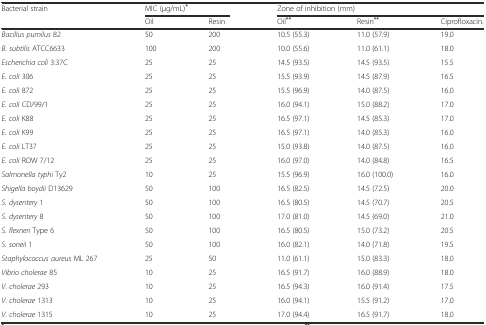
<table><thead><tr><td rowspan="2"><b>Bacterial strain</b></td><td colspan="2"><b>MIC (μg/mL)<sup>*</sup></b></td><td colspan="3"><b>Zone of inhibition (mm)</b></td></tr><tr><td><b>Oil</b></td><td><b>Resin</b></td><td><b>Oil<sup>**</sup></b></td><td><b>Resin<sup>**</sup></b></td><td><b>Ciprofloxacin.</b></td></tr></thead><tbody><tr><td><i>Bacillus pumilus</i> 82</td><td>50</td><td>200</td><td>10.5 (55.3)</td><td>11.0 (57.9)</td><td>19.0</td></tr><tr><td><i>B. subtilis</i> ATCC6633</td><td>100</td><td>200</td><td>10.0 (55.6)</td><td>11.0 (61.1)</td><td>18.0</td></tr><tr><td><i>Escherichia coli</i> 3:37C</td><td>25</td><td>25</td><td>14.5 (93.5)</td><td>14.5 (93.5)</td><td>15.5</td></tr><tr><td><i>E. coli</i> 306</td><td>25</td><td>25</td><td>15.5 (93.9)</td><td>14.5 (87.9)</td><td>16.5</td></tr><tr><td><i>E. coli</i> 872</td><td>25</td><td>25</td><td>15.5 (96.9)</td><td>14.0 (87.5)</td><td>16.0</td></tr><tr><td><i>E. coli</i> CD/99/1</td><td>25</td><td>25</td><td>16.0 (94.1)</td><td>15.0 (88.2)</td><td>17.0</td></tr><tr><td><i>E. coli</i> K88</td><td>25</td><td>25</td><td>16.5 (97.1)</td><td>14.5 (85.3)</td><td>17.0</td></tr><tr><td><i>E. coli</i> K99</td><td>25</td><td>25</td><td>16.5 (97.1)</td><td>14.0 (85.3)</td><td>16.0</td></tr><tr><td><i>E. coli</i> LT37</td><td>25</td><td>25</td><td>15.0 (93.8)</td><td>14.0 (87.5)</td><td>16.0</td></tr><tr><td><i>E. coli</i> ROW 7/12</td><td>25</td><td>25</td><td>16.0 (97.0)</td><td>14.0 (84.8)</td><td>16.5</td></tr><tr><td><i>Salmonella typhi</i> Ty2</td><td>10</td><td>25</td><td>15.5 (96.9)</td><td>16.0 (100.0)</td><td>16.0</td></tr><tr><td><i>Shigella boydii</i> D13629</td><td>50</td><td>100</td><td>16.5 (82.5)</td><td>14.5 (72.5)</td><td>20.0</td></tr><tr><td><i>S. dysentery</i> 1</td><td>50</td><td>100</td><td>16.5 (80.5)</td><td>14.5 (70.7)</td><td>20.5</td></tr><tr><td><i>S. dysentery</i> 8</td><td>50</td><td>100</td><td>17.0 (81.0)</td><td>14.5 (69.0)</td><td>21.0</td></tr><tr><td><i>S. flexneri</i> Type 6</td><td>50</td><td>100</td><td>16.5 (80.5)</td><td>15.0 (73.2)</td><td>20.5</td></tr><tr><td><i>S. soneii</i> 1</td><td>50</td><td>100</td><td>16.0 (82.1)</td><td>14.0 (71.8)</td><td>19.5</td></tr><tr><td><i>Staphylococcus aureus</i> ML 267</td><td>25</td><td>50</td><td>11.0 (61.1)</td><td>15.0 (83.3)</td><td>18.0</td></tr><tr><td><i>Vibrio cholerae</i> 85</td><td>10</td><td>25</td><td>16.5 (91.7)</td><td>16.0 (88.9)</td><td>18.0</td></tr><tr><td><i>V. cholerae</i> 293</td><td>10</td><td>25</td><td>16.5 (94.3)</td><td>16.0 (91.4)</td><td>17.5</td></tr><tr><td><i>V. cholerae</i> 1313</td><td>10</td><td>25</td><td>16.0 (94.1)</td><td>15.5 (91.2)</td><td>17.0</td></tr><tr><td><i>V. cholerae</i> 1315</td><td>10</td><td>25</td><td>17.0 (94.4)</td><td>16.5 (91.7)</td><td>18.0</td></tr></tbody></table>